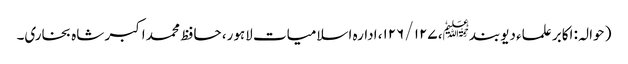
( حوالہ : اکابر علماء دیوبند﷭، ۱۲۷ /۱۲۶، ادارہ اسلامیات لاہور، حافظ محمد اکبر شاہ بخاری۔